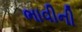
ભાવીની